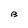
Character: B